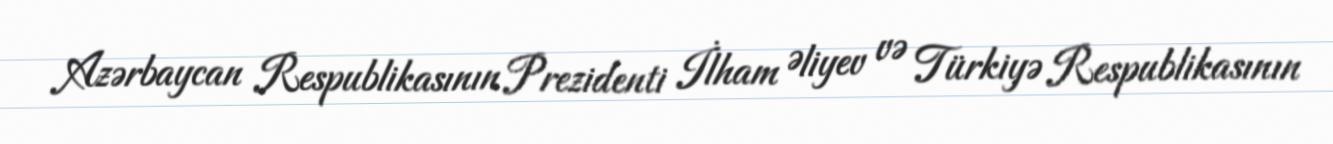
Azərbaycan Respublikasının Prezidenti İlham Əliyev və Türkiyə Respublikasının